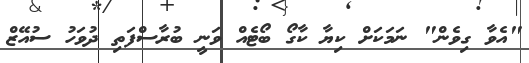
"އެވާ ގިވެން" ނަމަކަށް ކިޔާ ކާގޯ ބޯޓެއް ވަނީ ބުރާސްފަތި ދުވަހު ސުއޭޒް